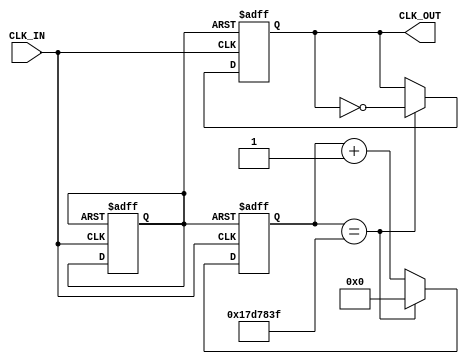
module MDF(CLK_IN, CLK_OUT);

output reg CLK_OUT;
input CLK_IN;

reg [25:0] CONT;
reg RST;

initial
	begin
		RST = 0;
	end
always@(posedge CLK_IN or negedge RST)
	begin
		if (~RST)
		begin
			RST = 1;
			CONT = 25'b0;
			CLK_OUT = 0;
		end
		else 
			begin
				if (CONT == 25'd 24_999_999)
					begin
						CONT = 0;
						CLK_OUT = ~CLK_OUT;
					end
				else
				CONT = CONT + 1;
			end
	end
endmodule